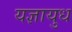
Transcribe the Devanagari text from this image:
यज्ञायुध